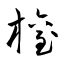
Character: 權